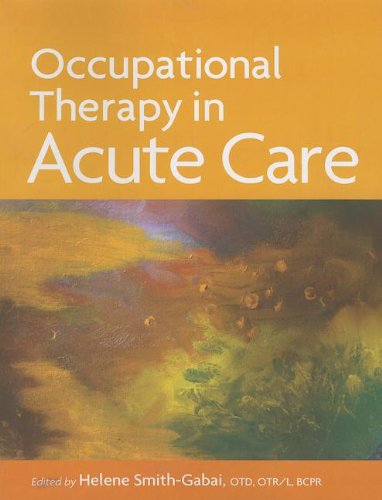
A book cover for Occupational Therapy in Acute Care; Helene Smith-Gabai; Medical Books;